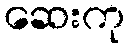
ဆေးကု